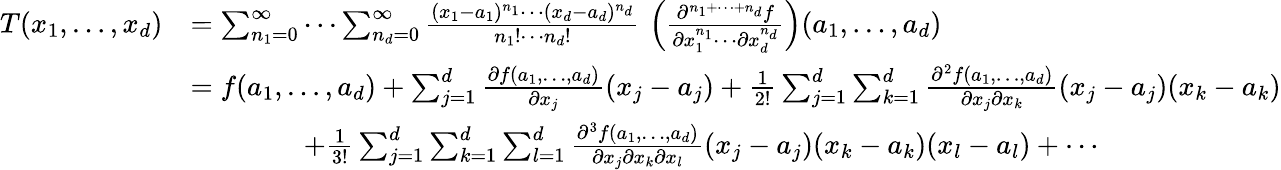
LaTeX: {\begin{array}{rl}{T(x_{1},\ldots,x_{d})}&{=\sum_{n_{1}=0}^{\infty}\cdots\sum_{n_{d}=0}^{\infty}{\frac{(x_{1}-a_{1})^{n_{1}}\cdots(x_{d}-a_{d})^{n_{d}}}{n_{1}!\cdots n_{d}!}}\, \left({\frac{\partial^{n_{1}+\cdots+n_{d}}f}{\partial x_{1}^{n_{1}}\cdots\partial x_{d}^{n_{d}}}}\right)(a_{1},\ldots,a_{d})}\\ &{=f(a_{1},\ldots,a_{d})+\sum_{j=1}^{d}{\frac{\partial f(a_{1},\ldots,a_{d})}{\partial x_{j}}}(x_{j}-a_{j})+{\frac{1}{2!}}\sum_{j=1}^{d}\sum_{k=1}^{d}{\frac{\partial^{2}f(a_{1},\ldots,a_{d})}{\partial x_{j}\partial x_{k}}}(x_{j}-a_{j})(x_{k}-a_{k})}\\ &{\qquad\qquad+{\frac{1}{3!}}\sum_{j=1}^{d}\sum_{k=1}^{d}\sum_{l=1}^{d}{\frac{\partial^{3}f(a_{1},\ldots,a_{d})}{\partial x_{j}\partial x_{k}\partial x_{l}}}(x_{j}-a_{j})(x_{k}-a_{k})(x_{l}-a_{l})+\cdots}\end{array}}